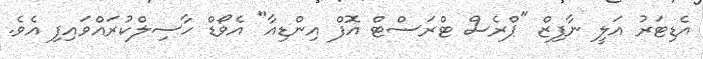
އެޑިޓަރު އަލީ ނާފިޒް "ޕްރެސް ޓްރަސްޓް އޮފް އިންޑިއާ" އެވޯޑް ހާސިލްކުރައްވައިފި އެވެ.